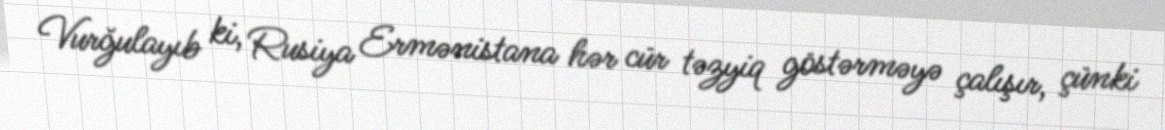
Vurğulayıb ki, Rusiya Ermənistana hər cür təzyiq göstərməyə çalışır, çünki